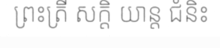
ព្រះត្រី សក្តិ យាន្ត ជំនិះ